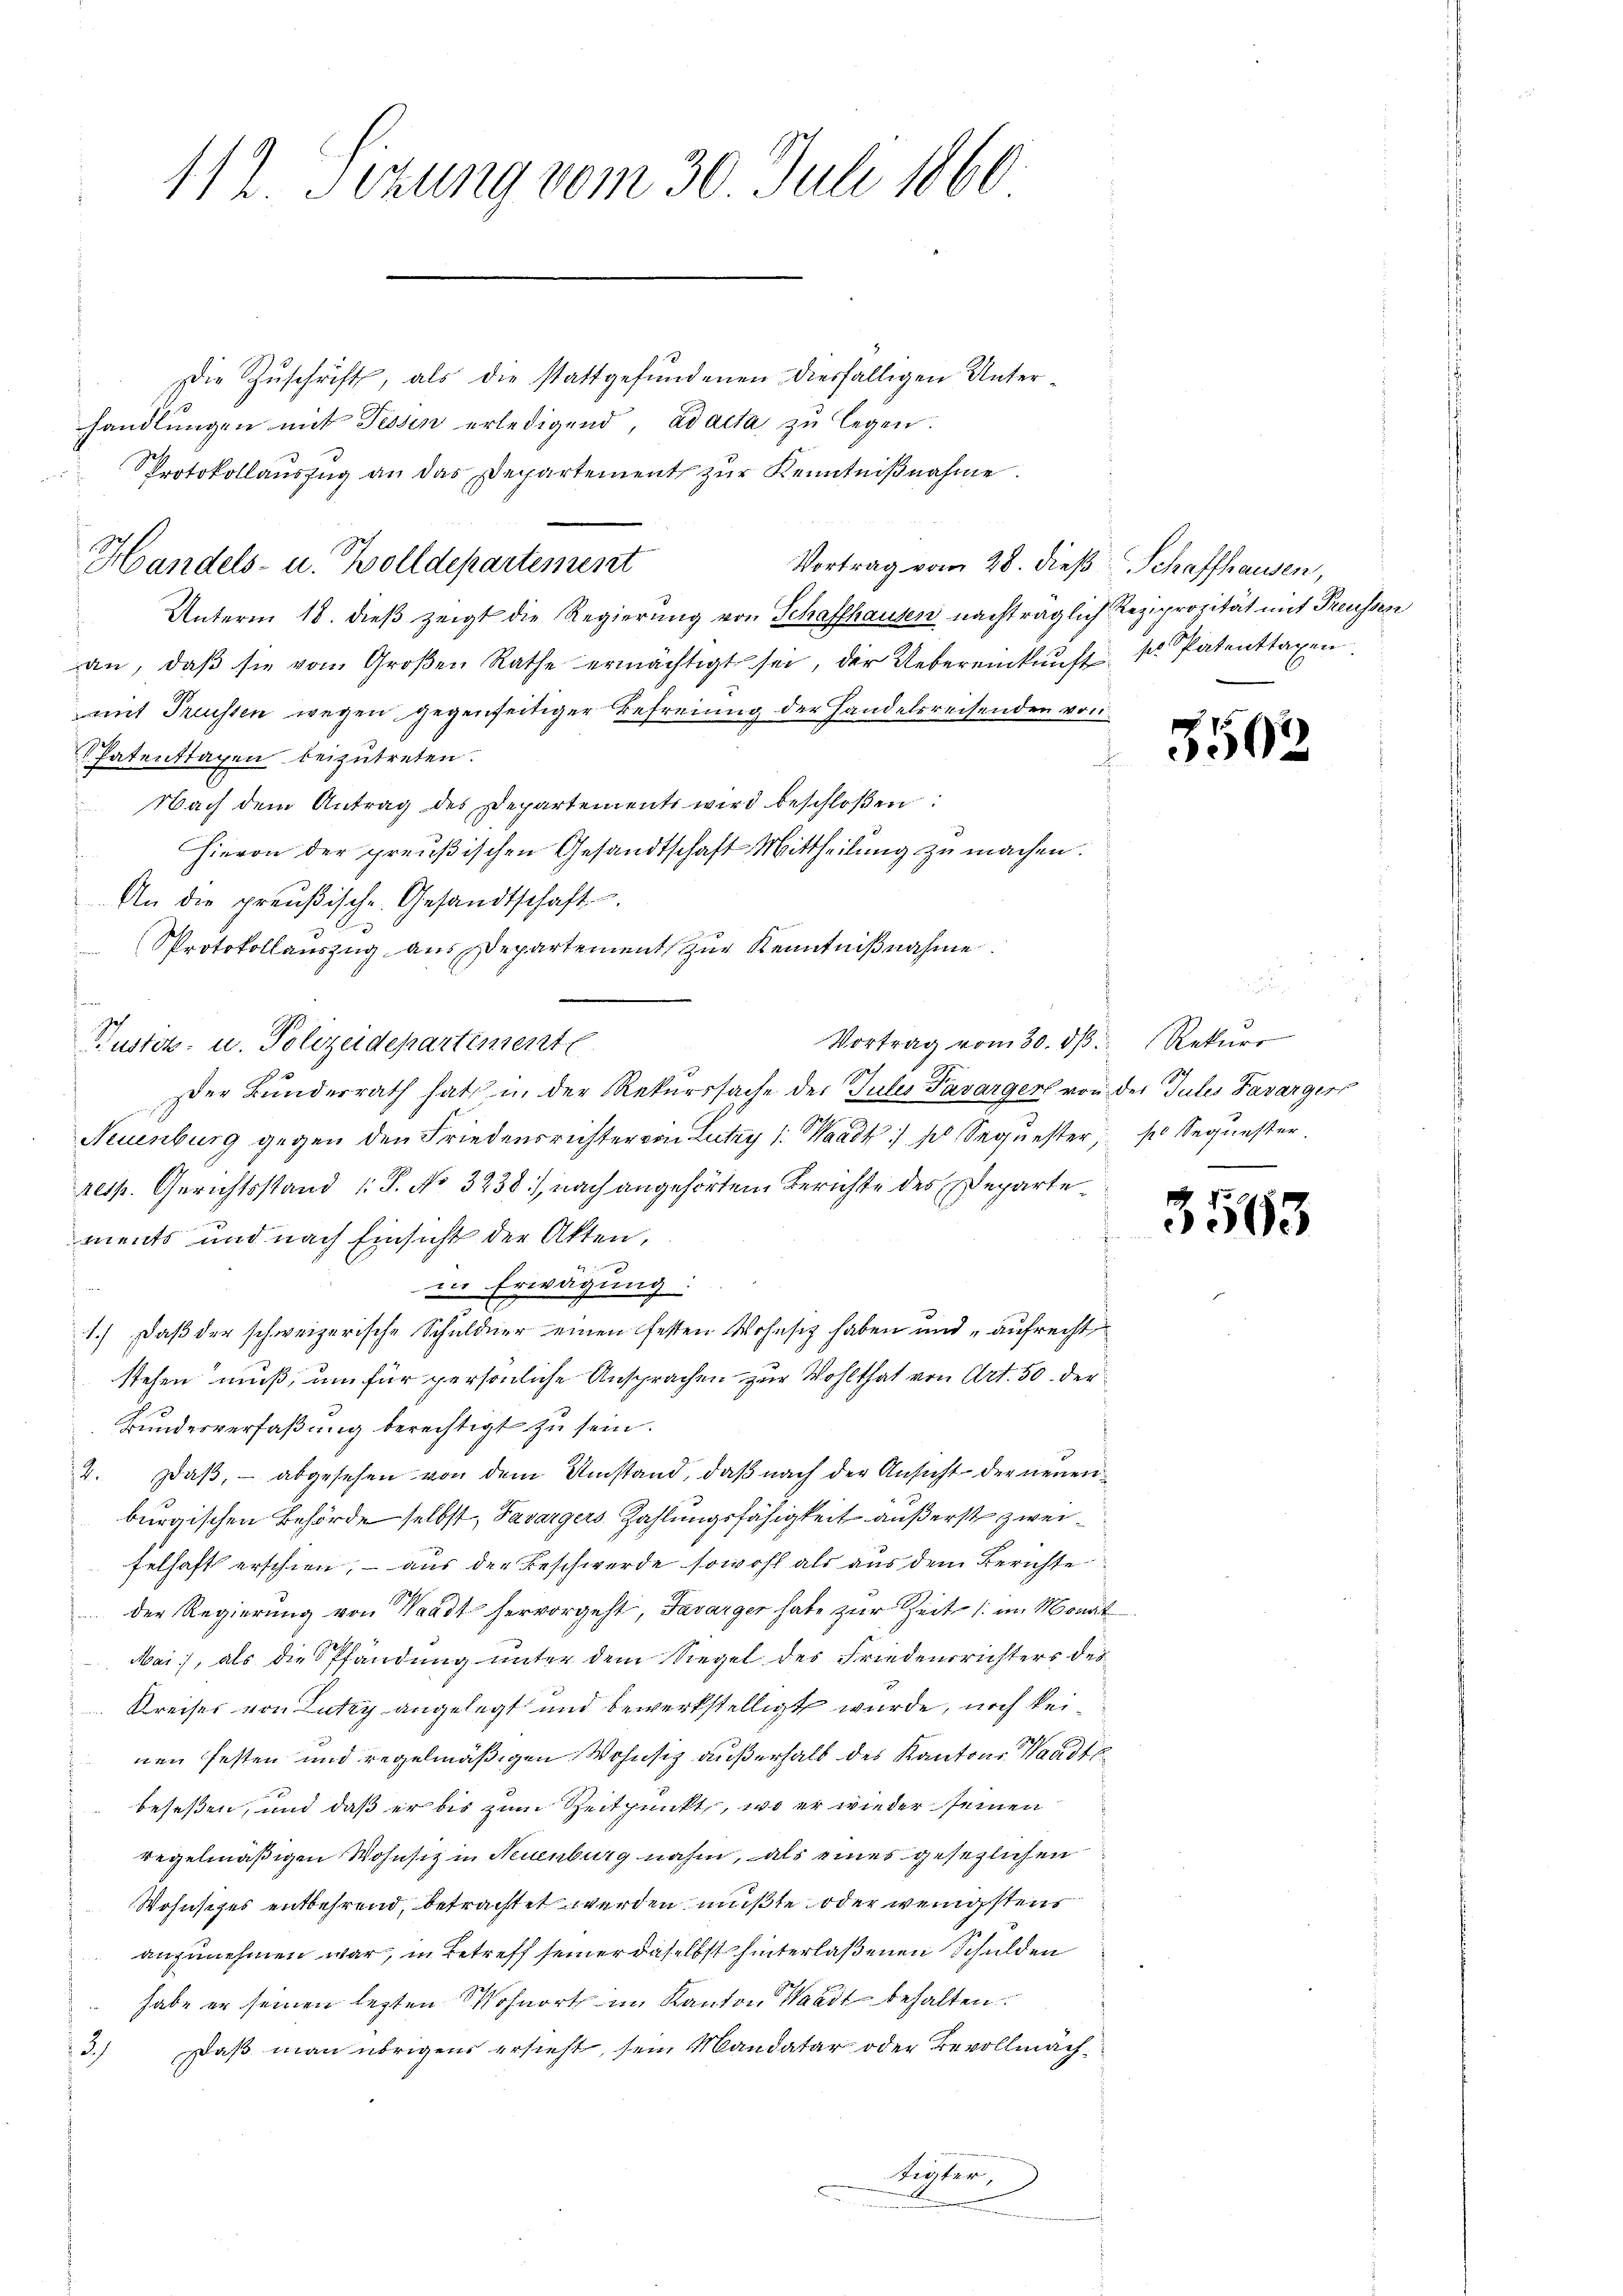
112. Sizung vom 30. Juli 1860

Handels- u. Wolldepartement

die Zuschrift, als die stattgefundenen diesfälligen Unterhandlungen mit Fessen erledigend, ad acta zu legen.
Protokollauszug an das Departement zur Kenntnißnahme.
Vortrag vom 28. dieß Schaffhausen,
Unterm 18. dieß zeigt die Regierung von Schaffhausen nachträglich Reziprocität mit Preussen
an, daβ sie vom Groβen Rathe ermächtigt sei, der Uebereinkunft kr Patentragen
mit Treussen wegen gegenseitiger Befreiung der Handelsreisenden von
Patentragen beizutreten.
t
Nach dem Antrag des Departements wird beschloßen:
Hievon der preußischen Gesandtschaft Mittheilung zu machen.
An die preußische Gesandtschaft.
Protokollauszug aus Departement zur Kenntnißnahme.
s
Vortrag vom 30. dβ. Rekŭrs
Pustiz- u. Polizeidepartimente
Der Bundesrath hat in der Rekurssache des Gutes Tavargert von der Gutes Favargerr
Neuenburg gegen den Friedensrichter von Lutry /: Waadt) sich Sequester, so Sequester
resp. Gerichtsstand /: P. No 3238, nach angehörten Berichte des Departements und nach Einsicht der Akten,
4
in Erwägung:
1.) Daß der schweizerische Schuldner einen festen Wohnsit haben und „aufrecht
stehen muß, um für persönliche Ansprachen zur Wohlthat von Art. 50. der
Bundesverfaßung berechtigt zu sein.
4. Daß, - abgesehen von dem Umstand, daß nach der Ansicht der neuen
burgischen Behörde selbst, Savargers Zahlungsfähigkeit äußerst zweifelhaft erschien, – aus der Beschwerde sowohl als aus dem Berichte
 der Regierung von Waadt hervorgeht, Savarger habe zur Zeit (im Monat
Mai, als die Spfändung unter dem Siegel des Friedensrichters des
 Kreiser von Lutzy angelegt und bewerkstelligt wurde, noch keinen festen und regelmäßigen Wohnsitz außerhalb des Kantons Waadt
beseßen, und daß er bis zum Zeitpunkt, wo er wieder seinen
regelmäßigen Wohnsitz in Neuenburg nahm, als eines gesezlichen
Wosisches entbehrend, betrachtet werden mußte, oder wenigstens
anzunehmen war, in Betreff seiner daselbst hinterlaßenen Schulden
habe er seinen lezten Wohnort im Kanton Waadt behalten.
Daß man übrigens ersieht, sein Mandatar oder Bevollmäch¬
3)
tigter,
.

5502

3563